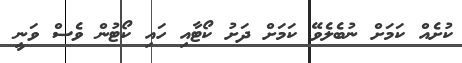
ކުށެއް ކަމަށް ނުބެލެވޭ ކަމަށް ދަށު ކޯޓާއި ހައި ކޯޓުން ވެސް ވަނީ